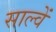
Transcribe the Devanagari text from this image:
साल्वें